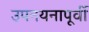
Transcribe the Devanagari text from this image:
उपनयनापूर्वी